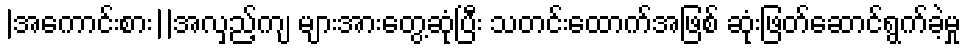
|အကောင်းစား||အလှည့်ကျ များအားတွေ့ဆုံပြီး သတင်းထောက်အဖြစ် ဆုံးဖြတ်ဆောင်ရွက်ခဲ့မှု